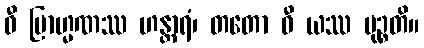
ဓီ ဗြာဟ္မဏဿ ဟန္တာရံ၊ တတော ဓီ ယဿ မုဉ္စတိ။